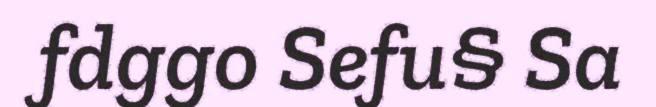
fdggo Sefu§ Sa